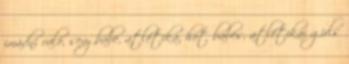
imádni való, sexy babe, atlétika, hot babes, atlétikai girls